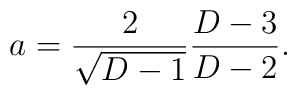
a={2\over\sqrt{D-1}}{{D-3}\over{D-2}}.